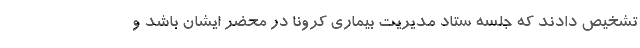
تشخیص دادند که جلسه ستاد مدیریت بیماری کرونا در محضر ایشان باشد و